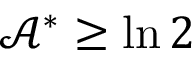
\mathcal { A } ^ { \ast } \geq \ln 2